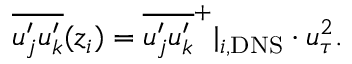
\overline { { u _ { j } ^ { \prime } u _ { k } ^ { \prime } } } ( z _ { i } ) = \overline { { u _ { j } ^ { \prime } u _ { k } ^ { \prime } } } ^ { + } \vert _ { i , \mathrm { D N S } } \cdot u _ { \tau } ^ { 2 } .